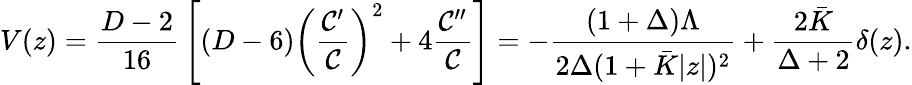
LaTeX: V(z)={\frac{D-2}{16}}\left[(D-6)\left({\frac{{\cal C}^{\prime}}{\cal C}}\right)^{2}+4{\frac{{\cal C}^{\prime\prime}}{\cal C}}\right]=-{\frac{(1+\Delta)\Lambda}{2\Delta(1+\bar{K}|z|)^{2}}}+{\frac{2\bar{K}}{\Delta+2}}\delta(z).